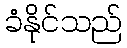
ခံနိုင်သည်